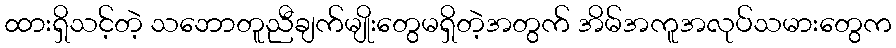
ထားရှိသင့်တဲ့ သဘောတူညီချက်မျိုးတွေမရှိတဲ့အတွက် အိမ်အကူအလုပ်သမားတွေက